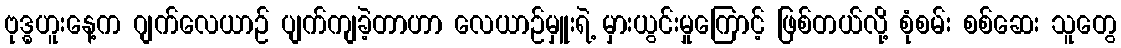
ဗုဒ္ဓဟူးနေ့က ဂျက်လေယာဉ် ပျက်ကျခဲ့တာဟာ လေယာဉ်မှူးရဲ့ မှားယွင်းမှုကြောင့် ဖြစ်တယ်လို့ စုံစမ်း စစ်ဆေး သူတွေ